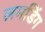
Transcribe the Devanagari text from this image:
लमडिंग